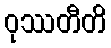
ဝုဿတီတိ